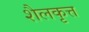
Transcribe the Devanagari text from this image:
शैलकृत्त